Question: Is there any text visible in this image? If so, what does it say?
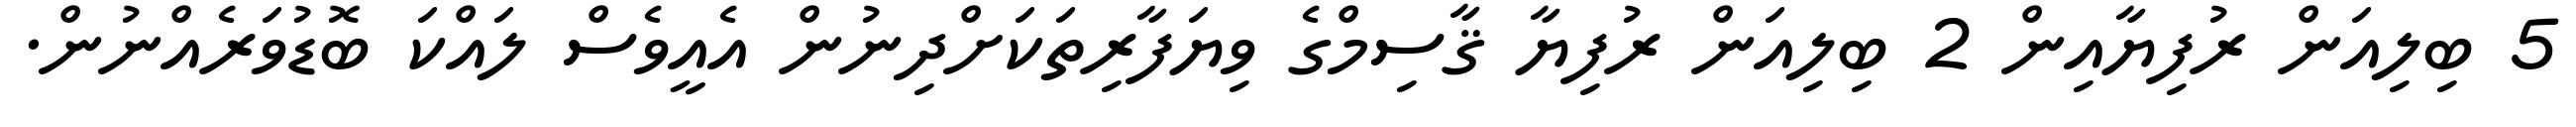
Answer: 5 ބިލިއަން ރުފިޔާއިން 2 ބިލިއަން ރުފިޔާ ޤާސިމްގެ ވިޔަފާރިތަކަށްދިނުން އެއީވެސް ލައްކަ ބޮޑުވަރެއްނުން.